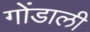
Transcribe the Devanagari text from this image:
गोंडाली